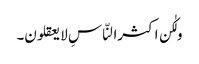
ولٰکن اکثرالنّاسِ لا یعقلون۔